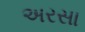
અરસા